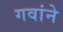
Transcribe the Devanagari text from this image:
गवांने